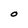
Character: O